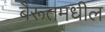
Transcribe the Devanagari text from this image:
बैरूतमधील